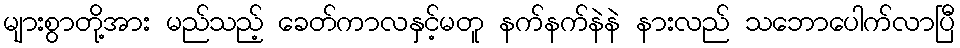
များစွာတို့အား မည်သည့် ခေတ်ကာလနှင့်မတူ နက်နက်နဲနဲ နားလည် သဘောပေါက်လာပြီ